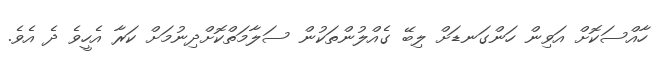
ހާއްސަކޮށް އަވިން ހަންގަނޑަށް ލިބޭ ގެއްލުންތަކުން ސަލާމަތްކޮށްދިނުމަށް ކަރާ އެހީވެ ދެ އެވެ.